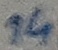
Text: 14